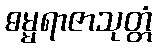
ဓမ္မရာဇာသုတ္တံ